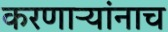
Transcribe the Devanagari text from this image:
करणाऱ्यांनाच